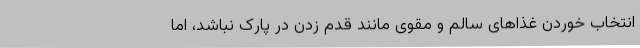
انتخابِ خوردن غذاهای سالم و مقوی مانند قدم زدن در پارک نباشد، اما